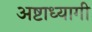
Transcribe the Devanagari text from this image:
अष्टाध्यागी